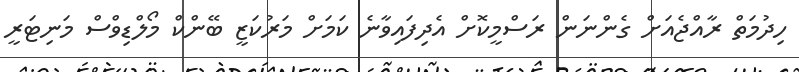
ހިދުމަތް ރާއްޖެއަށް ގެންނަން ރަސްމީކޮށް އެދިފައިވާނެ ކަމަށް މަރުކަޒީ ބޭންކް މޯލްޑިވްސް މަނިޓަރީ